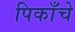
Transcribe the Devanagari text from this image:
पिकाँचे